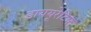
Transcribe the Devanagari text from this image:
डाययूरेटिक